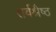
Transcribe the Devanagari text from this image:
सर्वश्रैष्ठ